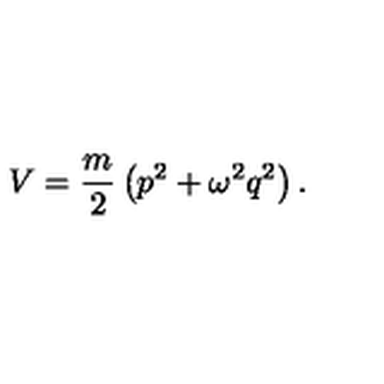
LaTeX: V = { \frac { m } { 2 } } \left( p ^ { 2 } + \omega ^ { 2 } q ^ { 2 } \right) .